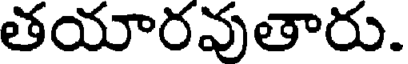
తయారవుతారు.